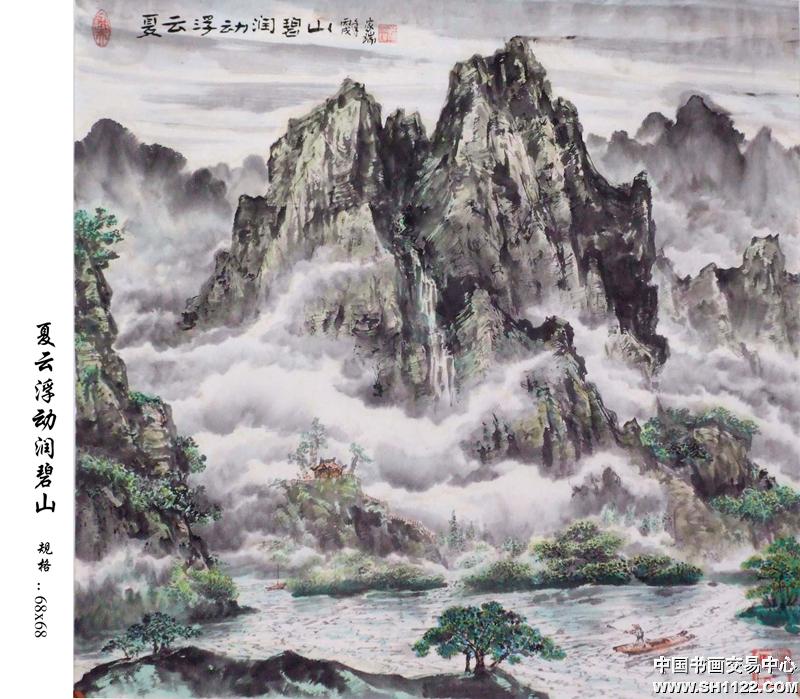
云间连下榻，天上接行杯。